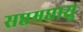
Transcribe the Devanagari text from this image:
सप्तमघासु